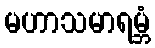
မဟာသမာရမ္ဘံ